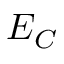
E _ { C }